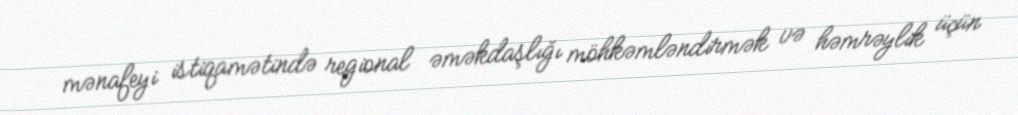
mənafeyi istiqamətində regional əməkdaşlığı möhkəmləndirmək və həmrəylik üçün